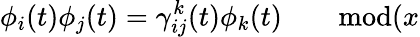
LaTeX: \phi_{i}(t)\phi_{j}(t)=\gamma_{ij}^{k}(t)\phi_{k}(t)\qquad\mathrm{mod}(x